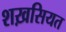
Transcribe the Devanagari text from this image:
शख़सियत